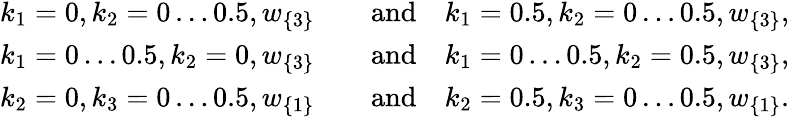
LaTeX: \begin{array}{rl}{k_{1}=0,k_{2}=0\ldots 0.5,w_{\{ 3\} }\quad}&{\mathrm{and}\quad k_{1}=0.5,k_{2}=0\ldots 0.5,w_{\{ 3\} },}\\ {k_{1}=0\ldots 0.5,k_{2}=0,w_{\{ 3\} }\quad}&{\mathrm{and}\quad k_{1}=0\ldots 0.5,k_{2}=0.5,w_{\{ 3\} },}\\ {k_{2}=0,k_{3}=0\ldots 0.5,w_{\{ 1\} }\quad}&{\mathrm{and}\quad k_{2}=0.5,k_{3}=0\ldots 0.5,w_{\{ 1\} }.}\end{array}